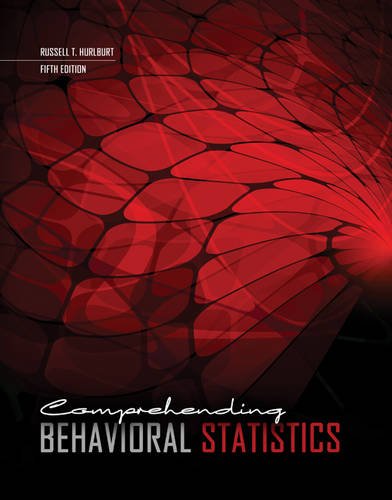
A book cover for Comprehending Behavioral Statistics; Russell Hurlburt; Reference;